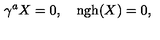
\gamma ^ { a } X = 0 , \quad \mathrm { n g h } ( X ) = 0 ,